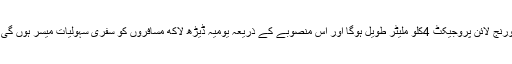
اورنج لائن پروجیکٹ 4کلو ملیٹر طویل ہوگا اور اس منصوبے کے ذریعہ یومیہ ڈیڑھ لاکھ مسافروں کو سفری سہولیات میسر ہوں گی ۔